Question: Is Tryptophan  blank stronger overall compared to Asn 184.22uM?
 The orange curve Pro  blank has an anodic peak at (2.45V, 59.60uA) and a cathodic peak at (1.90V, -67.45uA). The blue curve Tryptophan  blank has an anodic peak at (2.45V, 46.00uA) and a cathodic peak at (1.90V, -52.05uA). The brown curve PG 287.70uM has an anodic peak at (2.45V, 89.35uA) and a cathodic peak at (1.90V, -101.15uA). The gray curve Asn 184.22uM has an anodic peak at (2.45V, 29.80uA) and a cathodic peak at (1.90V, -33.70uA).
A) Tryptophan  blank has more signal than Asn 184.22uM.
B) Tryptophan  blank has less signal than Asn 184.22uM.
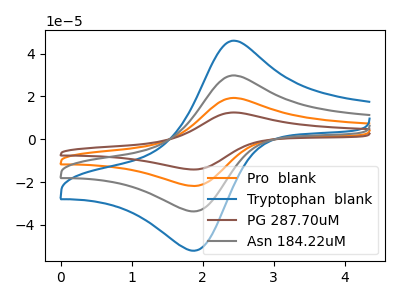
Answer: <think>All the peaks in "Tryptophan  blank" have a peak in "Asn 184.22uM" at the same potential. Every peak in "Tryptophan  blank" is higher than every peak in "Asn 184.22uM".
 </think>
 <answer>A) "Tryptophan  blank" has more signal than "Asn 184.22uM".</answer>
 <eval>A</eval>